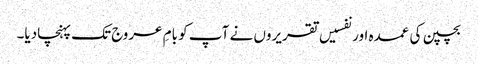
بچپن کی عمدہ اور نفسیں تقریروں نے آپ کو بامِ عروج تک پہنچادیا۔